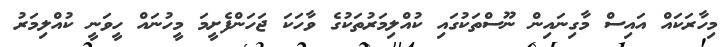
މިހާރަކައް އައިސް މާގިނައިން ނޫސްތަކުގައި ކުއްލިމަރުތަކުގެ ވާހަކަ ޖަހަންފެށީމަ މީހުނައް ހީވަނީ ކުއްލިމަރު